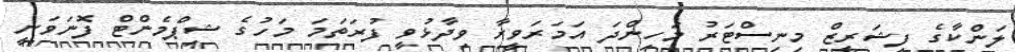
ލަންކާގެ ފިޝަރީޒް މިނިސްޓަރު މަހިންދަ އަމަރަވީރާ ވިދާޅުވީ ފުރަތަމަ މަހުގެ ޝިޕްމެންޓް ފޮނަވަނީ